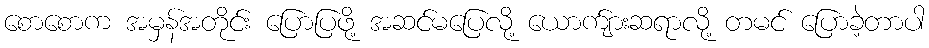
စောစောက အမှန်အတိုင်း ပြောပြဖို့ အဆင်မပြေလို့ ယောက်ျားဆရာလို့ တမင် ပြောခဲ့တာပါ